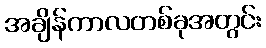
အချိန်ကာလတစ်ခုအတွင်း